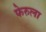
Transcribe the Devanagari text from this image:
फेरुला